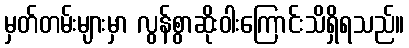
မှတ်တမ်းများမှာ လွန်စွာဆိုးဝါးကြောင်းသိရှိရသည်။